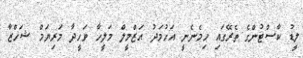
ލީޑު ކާސްޓުންގެ ތެރޭގައި ހިމެނެނީ އަހުމަދު އަޒްމީލް މަލީހާ ވަހީދާ މަރިޔަމް ޝަހްޒާ